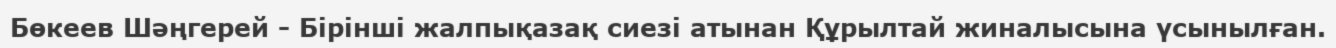
Бөкеев Шәңгерей - Бірінші жалпықазақ сиезі атынан Құрылтай жиналысына үсынылған.